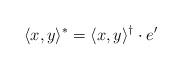
LaTeX: \begin{align*} \langle x, y \rangle^* = \langle x, y \rangle^{\dagger} \cdot e'\end{align*}